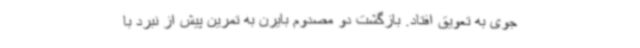
جوی به تعویق افتاد. بازگشت دو مصدوم بایرن به تمرین پیش از نبرد با